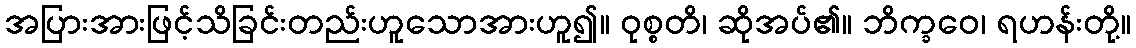
အပြားအားဖြင့်သိခြင်းတည်းဟူသောအားဟူ၍။ ဝုစ္စတိ၊ ဆိုအပ်၏။ ဘိက္ခဝေ၊ ရဟန်းတို့။